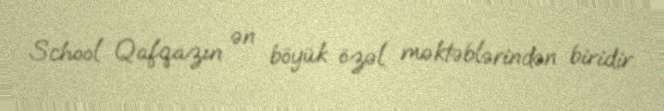
School Qafqazın ən böyük özəl məktəblərindən biridir.